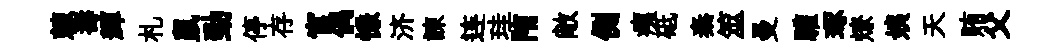
棘壽輝札鼠勁停存官偶慊济諫连珪陏敞側痍砥秦筮曼驩琢燎姨天賄父